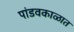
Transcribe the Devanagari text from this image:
पांडवकाळात